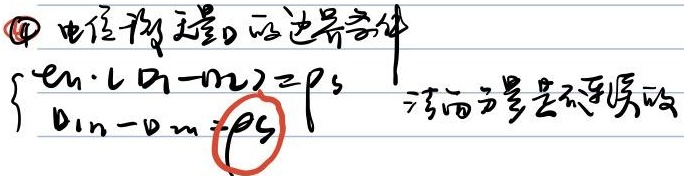
\textcircled{4} 电磁物理题的边界条件
\[\begin{cases}\vec{e}_n\times(\vec{H}_1 - \vec{H}_2)=\vec{J}_S \\D_{1n}-D_{2n}=\rho_S\end{cases}\]
该面是否理想导磁